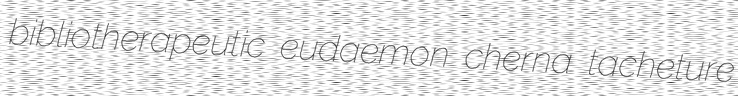
bibliotherapeutic eudaemon cherna tacheture